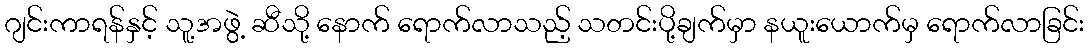
ဂျင်းကာရန်နှင့် သူ့အဖွဲ့ ဆီသို့ နောက် ရောက်လာသည့် သတင်းပို့ချက်မှာ နယူးယောက်မှ ရောက်လာခြင်း